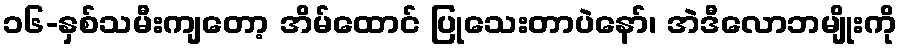
၁၆-နှစ်သမီးကျတော့ အိမ်ထောင် ပြုသေးတာပဲနော်၊ အဲဒီလောဘမျိုးကို